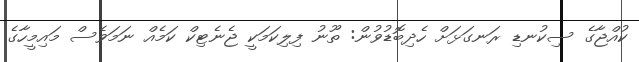
ކުއްޖާގެ ސިކުނޑި ރަނގަޅަށް ހެދިބޮޑުވުން: ތޫނު ފިލިކަމަކީ ޖެނެޓިކް ކަމެއް ނަމަވެސް މައިމީހާގެ